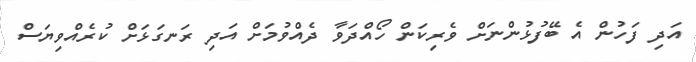
އަދި ފަހުން އެ ބޭފުޅުންނަށް ވެރިކަން ހޯއްދަވާ ދެއްވުމަށް އަދި ރަނގަޅަށް ކުރެއްވިޔަސް